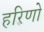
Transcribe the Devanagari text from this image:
हरिणो